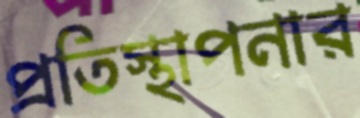
প্রতিস্থাপনার